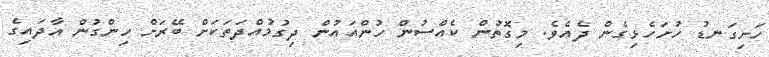
ހަށިގަނޑު ހުށަހެޅިގެން ދެއެވެ. މިގޮތުން ކެއްސުން ހުންއައުން ދިގުމުއްދަތަކަށް ބޭރަށް ހިންގުން އާދައިގެ